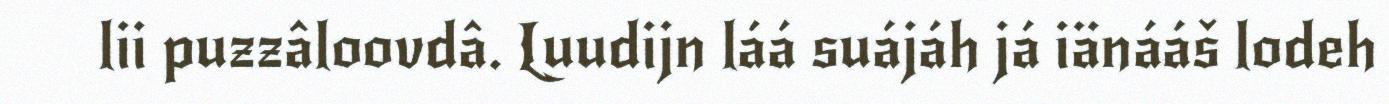
lii puzzâloovdâ. Luudijn láá suájáh já iänááš lodeh